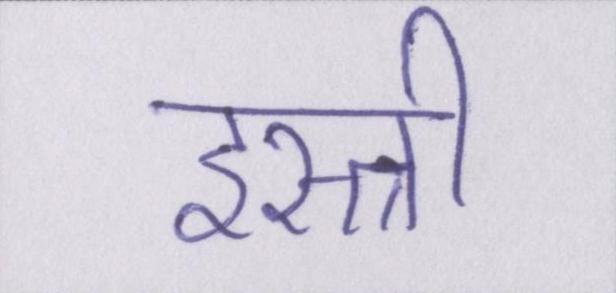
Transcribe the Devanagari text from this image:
इस्त्री